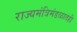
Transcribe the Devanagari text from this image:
राज्यमंत्रिमंडळातही